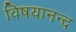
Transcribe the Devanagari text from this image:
विषयानन्द